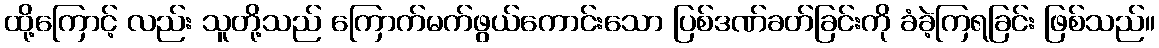
ထို့ကြောင့် လည်း သူတို့သည် ကြောက်မက်ဖွယ်ကောင်းသော ပြစ်ဒဏ်ခတ်ခြင်းကို ခံခဲ့ကြရခြင်း ဖြစ်သည်။